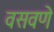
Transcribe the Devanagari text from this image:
वसवणे